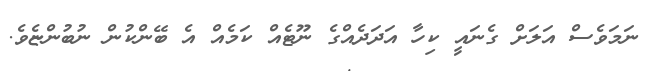
ނަމަވެސް އަލަށް ގެނައީ ކިހާ އަދަދެއްގެ ނޫޓެއް ކަމެއް އެ ބޭންކުން ނުބުންޏެވެ.